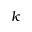
k